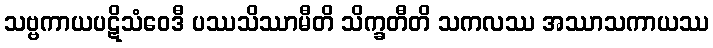
သဗ္ဗကာယပဋိသံဝေဒီ ပဿသိဿာမီတိ သိက္ခတီတိ သကလဿ အဿာသကာယဿ